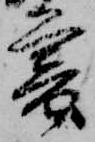
暮